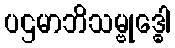
ပဌမာဘိသမ္ဗုဒ္ဓေါ